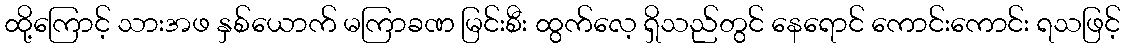
ထို့ကြောင့် သားအဖ နှစ်ယောက် မကြာခဏ မြင်းစီး ထွက်လေ့ ရှိသည်တွင် နေရောင် ကောင်းကောင်း ရသဖြင့်